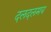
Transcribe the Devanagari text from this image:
दलदलमय